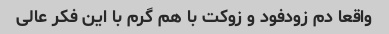
واقعا دم زودفود و زوکت با هم گرم با این فکر عالی